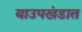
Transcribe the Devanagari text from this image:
याउपखंडात